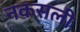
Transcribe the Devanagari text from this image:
नकसली